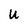
Character: u